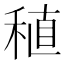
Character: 稙